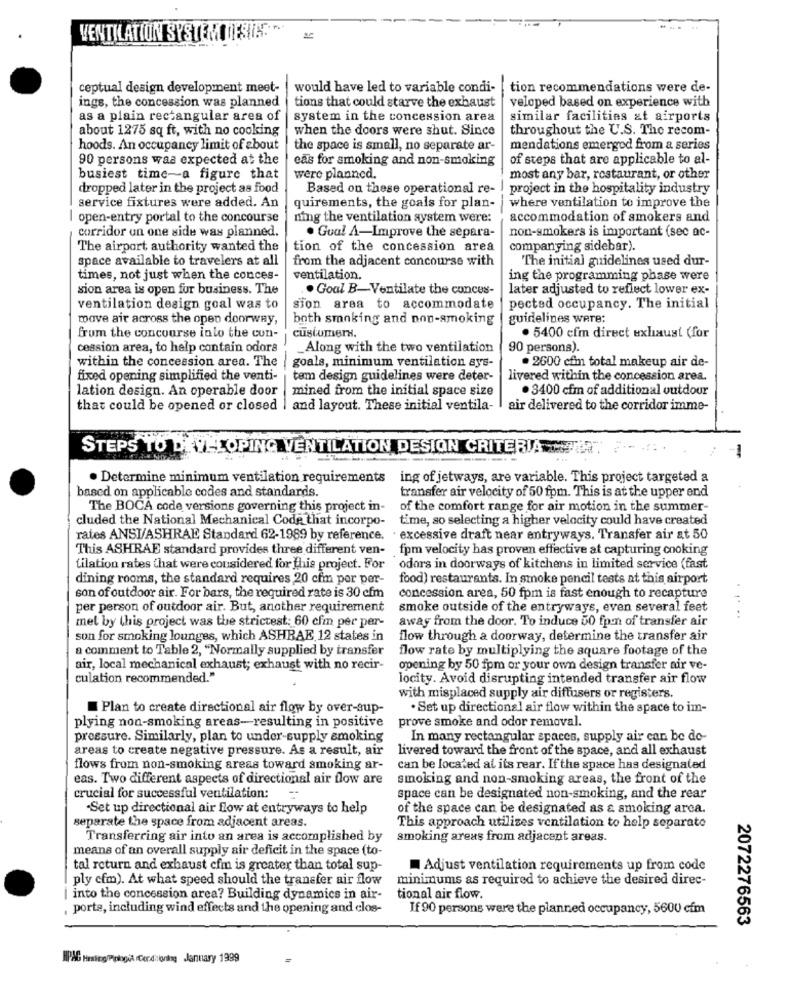
VENTILATION SYSTEM DESTA." ~
ceptual design development meet-
would have led to variable condi-
tion recommendations were de-
tions that could starve the exhaust
ings, the concession was planned
veloped based on experience with
as a plain rectangular area of
system in the concession area
similar facilities at airports
about 1275 sq ft, with no cooking
when the doors were shut. Since
throughout the U.S. The recom-
hoods. An occupancy limit of about
the space is small, no separate ar-
mendations emergod from a series
90 persons was expected at the
eas for smoking and non-smoking
of steps that are applicable to al-
busiest time-a figure that
were planned.
most any bar, restaurant, or other
dropped later in the project as food
Based on these operational re-
project in the hospitality industry
service fixtures were added. An
quirements, the goals for plan-
where ventilation to improve the
open-entry portal to the concourse
ning the ventilation system were:
accommodation of smokers and
corridor un one side was planned.
non-smokers is important (sec ac-
. Gual A-Improve the separa-
The airport authority wanted the
tion of the concession area
companying sidebar).
space available to travelers at all
from the adjacent concourse with
"The initial guidelines used dur-
times, not just when the conces-
ventilation.
ing the programming phase were
sion area is open for business. The
.. Goal B-Ventilate the conces-
later adjusted to reflect lower ex-
ventilation design goal was to
sion area to accommodate
pected occupancy. The initial
move air across the open doorway,
both smoking and non-smoking
guidelines were;
customers
from the concourse into the con-
. 5400 cfm direct exhaust (for
cession area, to help contain odors
Along with the two ventilation
90 persons).
within the concession area. The
goals, minimum ventilation ays-
· 2600 cfm total makeup air de-
fixed opening simplified the venti-
tem design guidelines were deter-
livered within the concession area.
lation design. An operable door
mined from the initial space size
. 3400 cfm of additional outdour
that could be opened or closed | and layout. These initial ventila- | air delivered to the corridor imme-
STEPS TO DEVELOPING VENTILATION DESIGN CRITERIA RETUR.
-
. Determine minimum ventilation requirements
ing of jetways, are variable. This project targeted a
based on applicable codes and standards.
transfer air velocity of 50 fpm. This is at the upper end
The BOCA code versions governing this project in-
of the comfort range for air motion in the summer-
cluded the National Mechanical Code that incorpo-
time, so selecting a higher velocity could have created
rates ANSI/ASHRAE Standard 62-1989 by reference. . excessive draft near entryways. Transfer air at 50
This ASHRAE standard provides three different ven- fpm velocity has proven effective at capturing cooking
tilation rates that were considered for this project. For
odors in doorways of kitchens in limited service (fast
dining rooms, the standard requires 20 cfm por per-
food) restaurants. In smoke pencil tests at this airport
son of outdoor air. For bars, the required rate is 30 cfm
concession area, 50 fpm is fast enough to recapture
per person of outdoor air. But, another requirement
smoke outside of the entryways, even several feet
away from the door. To induce 50 fpon of transfer air
....
met by this project was the strictest: 60 cfm per per-
son for smoking lounges, which ASHRAE 12 states in
flow through a doorway, determine the transfer air
a comment to Table 2, "Normally supplied by transfer
flow rate by multiplying the square footage of the
air, local mechanical exhaust; exhaust with no recir-
opening by 50 fpm or your own design transfer air ve-
culation recommended."
locity. Avoid disrupting intended transfer air flow
with misplaced supply air diffusers or registers.
Plan to create directional air flow by over-sup-
. Set up directional air flow within the space to im-
prove smoke and odor removal.
plying non-smoking areas-resulting in positive
pressure. Similarly, plan to under-supply smoking
In many rectangular spaces, supply air can be do-
areas to create negative pressure. As a result, air
livered toward the front of the space, and all exhaust
flows from non-smoking areas toward smoking ar-
can be located al its rear. If the space has designated
eas. Two different aspects of directional air flow are
smoking and non-smoking areas, the front of the
crucial for successful ventilation:
space can be designated non-smoking, and the rear
Set up directional air flow at entryways to help
of the space can be designated as & smoking arca.
separate the space from adjacent areas.
This approach utilizes ventilation to help separate
Transferring air into an area is accomplished by
smoking areas from adjacent areas.
means of an overall supply air deficit in the space (to-
tal return and exhaust cfm is greater than total sup-
Adjust ventilation requirements up from code
ply cfm). At what speed should the transfer air flow
minimums as required to achieve the desired direc-
into the concession area? Building dynamics in air-
tional air flow.
porte, including wind effects and the opening and clos-
If 90 persons were the planned occupancy, 5600 cim
2072276563
HPMG Hesing/Pologia Conditioning January 1999